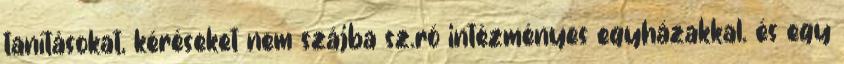
tanításokat, kéréseket nem szájba sz.ró intézményes egyházakkal. és egy